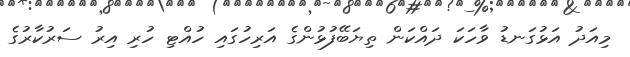
މިއަދު އަޅުގަނޑު ވާހަކަ ދައްކަން ތިޔަބޭފުޅުންގެ އަރިހުގައި ހުއްޓި ހުރި އިރު ސަރުކާރުގެ